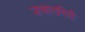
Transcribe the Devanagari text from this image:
जवालगिरी